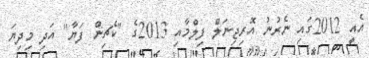
އެއީ 2012ގައި ނެރުނު އޮރިޖިނަލް ފިލްމާއި 2013ގެ "ކެޗިން ފަޔާ" އަދި މިދިޔަ